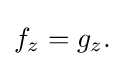
\displaystyle {f_{z}=g_{z}.}